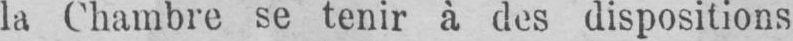
la Chambre se tenir à des dispositions